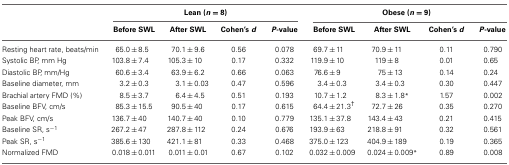
<table><thead><tr><td></td><td colspan="4"><b>Lean (<i>n</i> = 8)</b></td><td colspan="4"><b>Obese (<i>n</i> = 9)</b></td></tr><tr><td></td><td><b>Before SWL</b></td><td><b>After SWL</b></td><td><b>Cohen&#x27;s <i>d</i></b></td><td><b><i>P</i>-value</b></td><td><b>Before SWL</b></td><td><b>After SWL</b></td><td><b>Cohen&#x27;s <i>d</i></b></td><td><b><i>P</i>-value</b></td></tr></thead><tbody><tr><td>Resting heart rate, beats/min</td><td>65.0 ± 8.5</td><td>70.1 ± 9.6</td><td>0.56</td><td>0.078</td><td>69.7 ± 11</td><td>70.9 ± 11</td><td>0.11</td><td>0.790</td></tr><tr><td>Systolic BP, mm Hg</td><td>103.8 ± 7.4</td><td>105.3 ± 10</td><td>0.17</td><td>0.332</td><td>119.9 ± 10</td><td>119 ± 8</td><td>0.01</td><td>0.65</td></tr><tr><td>Diastolic BP, mm/Hg</td><td>60.6 ± 3.4</td><td>63.9 ± 6.2</td><td>0.66</td><td>0.063</td><td>76.6 ± 9</td><td>75 ± 13</td><td>0.14</td><td>0.24</td></tr><tr><td>Baseline diameter, mm</td><td>3.2 ± 0.3</td><td>3.1 ± 0.03</td><td>0.47</td><td>0.596</td><td>3.4 ± 0.3</td><td>3.4 ± 0.3</td><td>0.30</td><td>0.447</td></tr><tr><td>Brachial artery FMD (%)</td><td>8.5 ± 3.7</td><td>6.4 ± 4.5</td><td>0.51</td><td>0.193</td><td>10.7 ± 1.2</td><td>8.3 ± 1.8<sup>*</sup></td><td>1.57</td><td>0.002</td></tr><tr><td>Baseline BFV, cm/s</td><td>85.3 ± 15.5</td><td>90.5 ± 40</td><td>0.17</td><td>0.615</td><td>64.4 ± 21.3<sup>†</sup></td><td>72.7 ± 26</td><td>0.35</td><td>0.270</td></tr><tr><td>Peak BFV, cm/s</td><td>136.7 ± 40</td><td>140.7 ± 40</td><td>0.10</td><td>0.779</td><td>135.1 ± 37.8</td><td>143.4 ± 43</td><td>0.21</td><td>0.415</td></tr><tr><td>Baseline SR, s<sup>−1</sup></td><td>267.2 ± 47</td><td>287.8 ± 112</td><td>0.24</td><td>0.676</td><td>193.9 ± 63</td><td>218.8 ± 91</td><td>0.32</td><td>0.561</td></tr><tr><td>Peak SR, s<sup>−1</sup></td><td>385.6 ± 130</td><td>421.1 ± 81</td><td>0.33</td><td>0.468</td><td>375.0 ± 123</td><td>404.9 ± 189</td><td>0.19</td><td>0.365</td></tr><tr><td>Normalized FMD</td><td>0.018 ± 0.011</td><td>0.011 ± 0.01</td><td>0.67</td><td>0.102</td><td>0.032 ± 0.009</td><td>0.024 ± 0.009<sup>*</sup></td><td>0.89</td><td>0.008</td></tr></tbody></table>